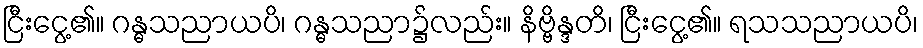
ငြီးငွေ့၏။ ဂန္ဓသညာယပိ၊ ဂန္ဓသညာ၌လည်း။ နိဗ္ဗိန္ဒတိ၊ ငြီးငွေ့၏။ ရသသညာယပိ၊